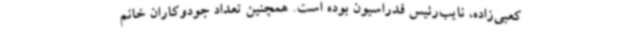
کعبی‌زاده، نایب‌رئیس فدراسیون بوده است. همچنین تعداد جودوکاران خانم